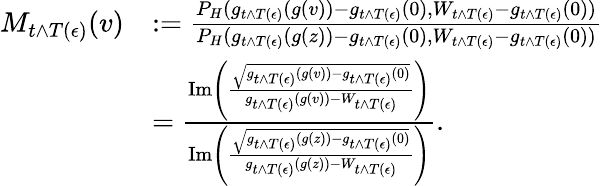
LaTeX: \begin{array}{rl}{M_{t\wedge T(\epsilon)}(v)}&{:=\frac{P_{H}(g_{t\wedge T(\epsilon)}(g(v))-g_{t\wedge T(\epsilon)}(0),W_{t\wedge T(\epsilon)}-g_{t\wedge T(\epsilon)}(0))}{P_{H}(g_{t\wedge T(\epsilon)}(g(z))-g_{t\wedge T(\epsilon)}(0),W_{t\wedge T(\epsilon)}-g_{t\wedge T(\epsilon)}(0))}}\\ &{=\frac{\mathrm{Im}\left(\frac{\sqrt{g_{t\wedge T(\epsilon)}(g(v))-g_{t\wedge T(\epsilon)}(0)}}{g_{t\wedge T(\epsilon)}(g(v))-W_{t\wedge T(\epsilon)}}\right)}{\mathrm{Im}\left(\frac{\sqrt{g_{t\wedge T(\epsilon)}(g(z))-g_{t\wedge T(\epsilon)}(0)}}{g_{t\wedge T(\epsilon)}(g(z))-W_{t\wedge T(\epsilon)}}\right)}.}\end{array}